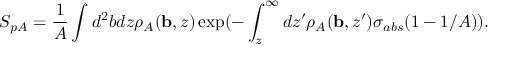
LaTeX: S _ { p A } = { \frac { 1 } { A } } \int d ^ { 2 } b d z \rho _ { A } ( { \bf { b } } , z ) \exp ( - \int _ { z } ^ { \infty } d z ^ { \prime } \rho _ { A } ( { \bf { b } } , z ^ { \prime } ) \sigma _ { a b s } ( 1 - { 1 / A } ) ) .